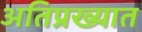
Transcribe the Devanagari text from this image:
अतिप्रख्यात